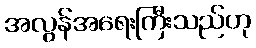
အလွန်အရေးကြီးသည်ဟု